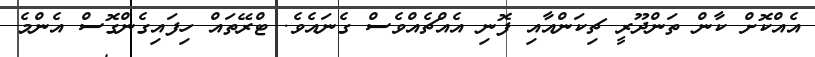
އެއްކޮށް ކާން ތަންދޫރީ ޗިކަންއާއި ފޮނި އެއްޗެއްވެސް ގެނައެވެ. ޓްރޭތައް ހިފައިގެންގޮސް އެންމެ